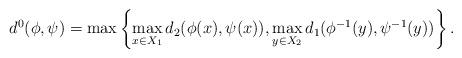
LaTeX: \begin{align*} d^{0}(\phi, \psi)=\max\left\{\max_{x\in X_{1}}d_{2}(\phi(x),\psi(x)),\max_{y\in X_{2}}d_{1}(\phi^{-1}(y),\psi^{-1}(y))\right\}.\end{align*}